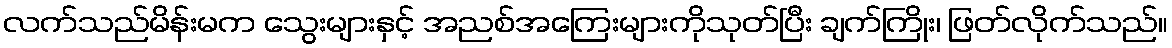
လက်သည်မိန်းမက သွေးများနှင့် အညစ်အကြေးများကိုသုတ်ပြီး ချက်ကြိုး၊ ဖြတ်လိုက်သည်။